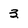
Character: 3